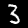
Label: 3